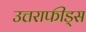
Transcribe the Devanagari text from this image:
उत्तराफीड्स